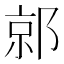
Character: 𰻯